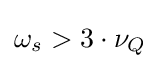
\omega _{s}>3\cdot \nu _{Q}